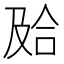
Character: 𰇮